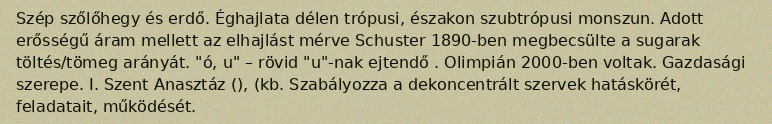
Szép szőlőhegy és erdő. Éghajlata délen trópusi, északon szubtrópusi monszun. Adott erősségű áram mellett az elhajlást mérve Schuster 1890-ben megbecsülte a sugarak töltés/tömeg arányát. "ó, u" – rövid "u"-nak ejtendő . Olimpián 2000-ben voltak. Gazdasági szerepe. I. Szent Anasztáz (), (kb. Szabályozza a dekoncentrált szervek hatáskörét, feladatait, működését.